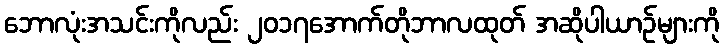
ဘောလုံးအသင်းကိုလည်း ၂၀၁၇အောက်တိုဘာလထုတ် အဆိုပါယာဉ်များကို